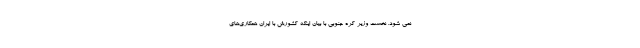
نمی ­شود. نخست وزیر کره جنوبی با بیان اینکه کشورش با ایران همکاری­های